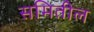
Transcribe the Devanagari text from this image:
समितील